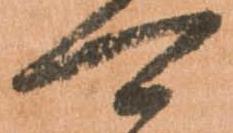
可